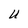
Character: U